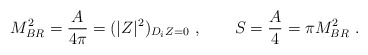
\begin{align*}M_{BR}^2= {A\over 4\pi} = ( |Z|^2)_{D_i Z=0} \ , \qquad S={A\over 4} = \pi M_{BR}^2 \ .\end{align*}